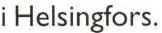
i Helsingfors.